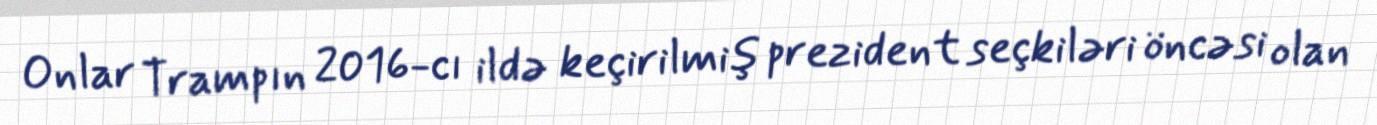
Onlar Trampın 2016-cı ildə keçirilmiş prezident seçkiləri öncəsi olan